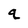
Character: q